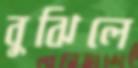
বুঝিলে